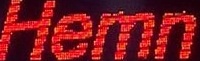
Hemn